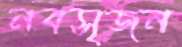
নবসৃজন